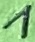
Text: 1